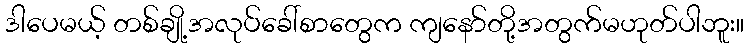
ဒါပေမယ့် တစ်ချို့အလုပ်ခေါ်စာတွေက ကျနော်တို့အတွက်မဟုတ်ပါဘူး။